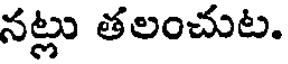
నట్లు తలంచుట.